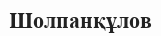
Шолпанқұлов